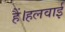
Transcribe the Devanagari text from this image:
हैं।हलवाई